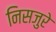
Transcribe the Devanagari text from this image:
निसजुरे